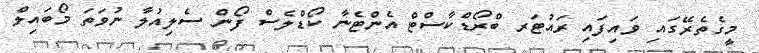
މީގެތެރޭގައި ވައިފައި ރައުޓަރ ބްރޯޑްކާސްޓް އެންޓެނާ ކޯޑްލެސް ފޯން ސެލިއުލާ ނުވަތަ މޯބައިލް